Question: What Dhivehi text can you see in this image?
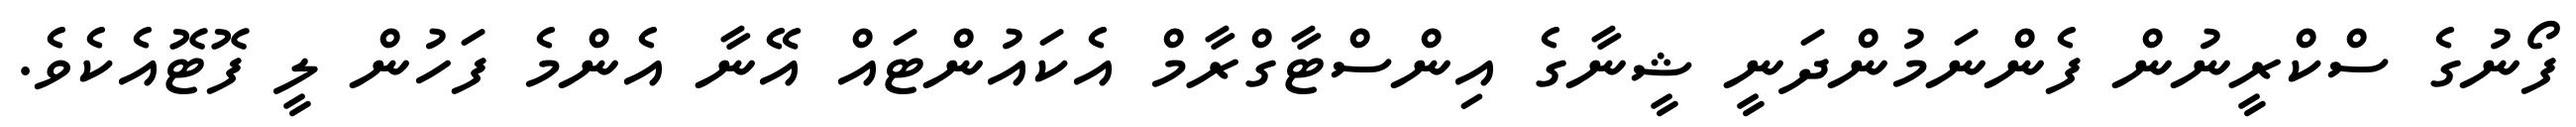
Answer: ފޯނުގެ ސްކްރީނުން ފެންނަމުންދަނީ ޝީނާގެ އިންސްޓާގްރާމް އެކައުންޓައް އޭނާ އެންމެ ފަހުން ލީ ފޮޓޮއެކެވެ.